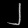
Digit: ၂